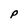
Character: P